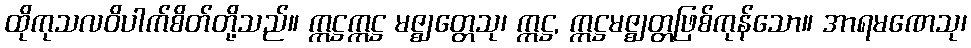
ထိုကုသလဝိပါက်စိတ်တို့သည်။ ဣဋ္ဌဣဋ္ဌ မဇ္ဈတ္တေသု၊ ဣဋ္ဌ, ဣဋ္ဌမဇ္ဈတ္တဖြစ်ကုန်သော။ အာရမဏေသု၊